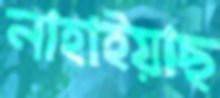
নাহাইয়াছ